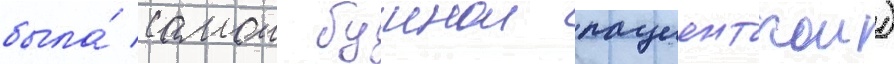
была́ самои буинои пациенткои)